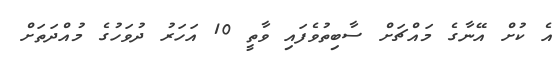
އެ ކުށް އޭނާގެ މައްޗަށް ސާބިތުވެފައި ވާތީ 10 އަހަރު ދުވަހުގެ މުއްދަތަށް